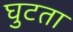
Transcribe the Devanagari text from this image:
घुटता